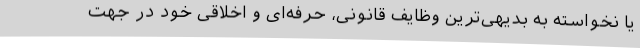
یا نخواسته به بدیهی‌ترین وظایف قانونی، حرفه‌ای و اخلاقی خود در جهت